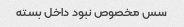
سس مخصوص نبود داخل بسته